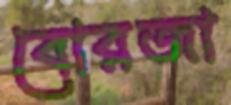
বোরজা